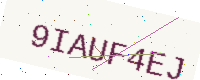
Text: 9IAUF4EJ